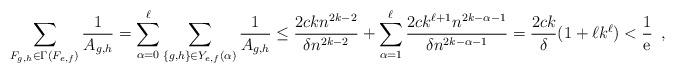
LaTeX: \begin{align*}\sum_{F_{g,h} \in \Gamma(F_{e,f})} \frac{1}{A_{g,h}} =\sum_{\alpha=0}^{\ell} \sum_{\{g,h\} \in Y_{e,f}(\alpha)} \frac{1}{A_{g,h}} \le \frac{2ckn^{2k-2}}{\delta n^{2k-2}} + \sum_{\alpha = 1}^{\ell} \frac{2ck^{\ell+1}n^{2k-\alpha-1}}{ \delta n^{2k - \alpha -1}} =\frac{2ck}{\delta} (1+ \ell k^{\ell}) < \frac{1}{\mathrm{e}} \enspace ,\end{align*}